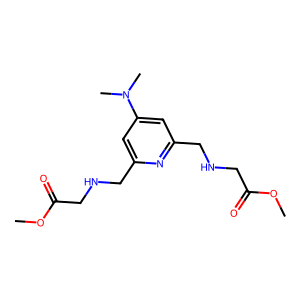
SMILES: COC(=O)CNCc1cc(N(C)C)cc(CNCC(=O)OC)n1
Inhibits HIV replication: No